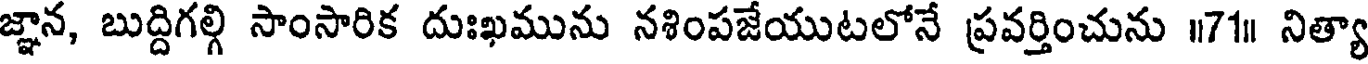
జ్ఞాన, బుద్దిగల్గి సాంసారిక దుఃఖమును నశింపజేయుటలోనే ప్రవర్తించును ॥71॥ నిత్యా